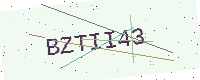
Text: BZTII43